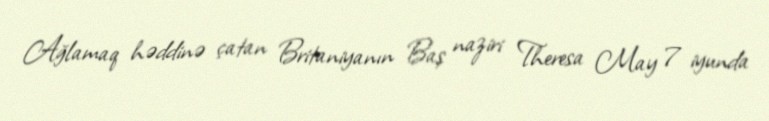
Ağlamaq həddinə çatan Britaniyanın Baş naziri Theresa May 7 iyunda